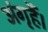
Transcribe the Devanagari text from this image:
अंगृहैं।